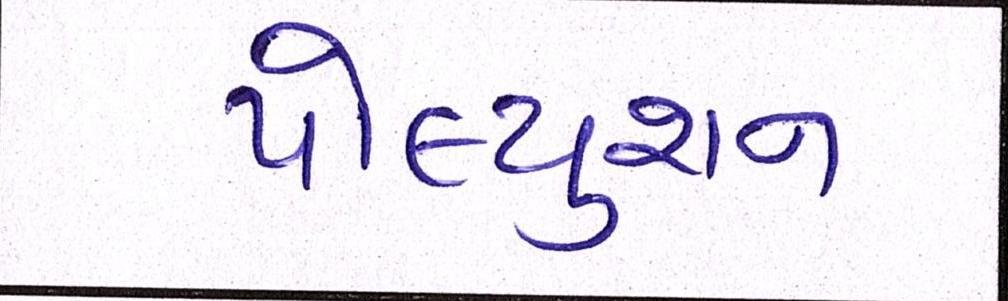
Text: પોલ્યુશન